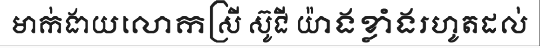
មាក់ងាយលោកស្រី ស៊ូជី យ៉ាងខ្លាំងរហូតដល់